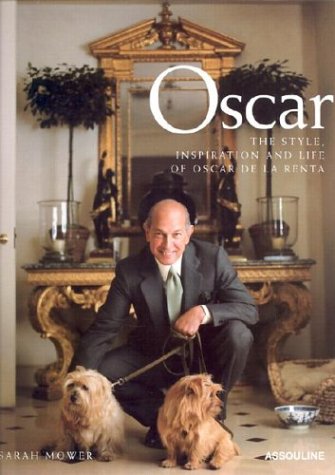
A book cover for Oscar: The Style, Inspiration and Life of Oscar de La Renta; Sarah Mower; Arts & Photography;